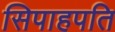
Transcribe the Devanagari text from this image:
सिपाहपति